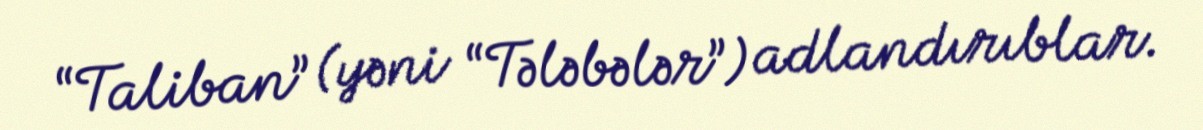
“Taliban” (yəni “Tələbələr”) adlandırıblar.